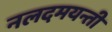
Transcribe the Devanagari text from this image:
नलदमयन्ती